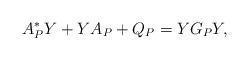
LaTeX: \begin{align*} A_P^*Y+YA_P+Q_P=YG_PY,\end{align*}